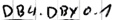
Text: DB4.DBY0.1